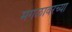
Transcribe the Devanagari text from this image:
मंगळावरच्या